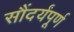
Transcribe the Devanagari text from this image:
सौंदर्यंपूर्ण